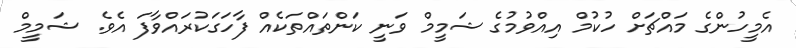
އެމީހުންގެ މައްޗަށް ހުކުމް އިއްވުމުގެ ޝަމީމް ވަނީ ކަންތައްތަކެއް ފާހަގަކުރައްވާފަ އެވެ. ޝަމީމް